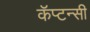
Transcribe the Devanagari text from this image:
कॅप्टन्सी